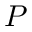
P